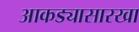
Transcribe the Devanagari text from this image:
आकड्यासारखा